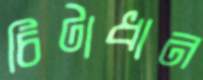
চিটাধান